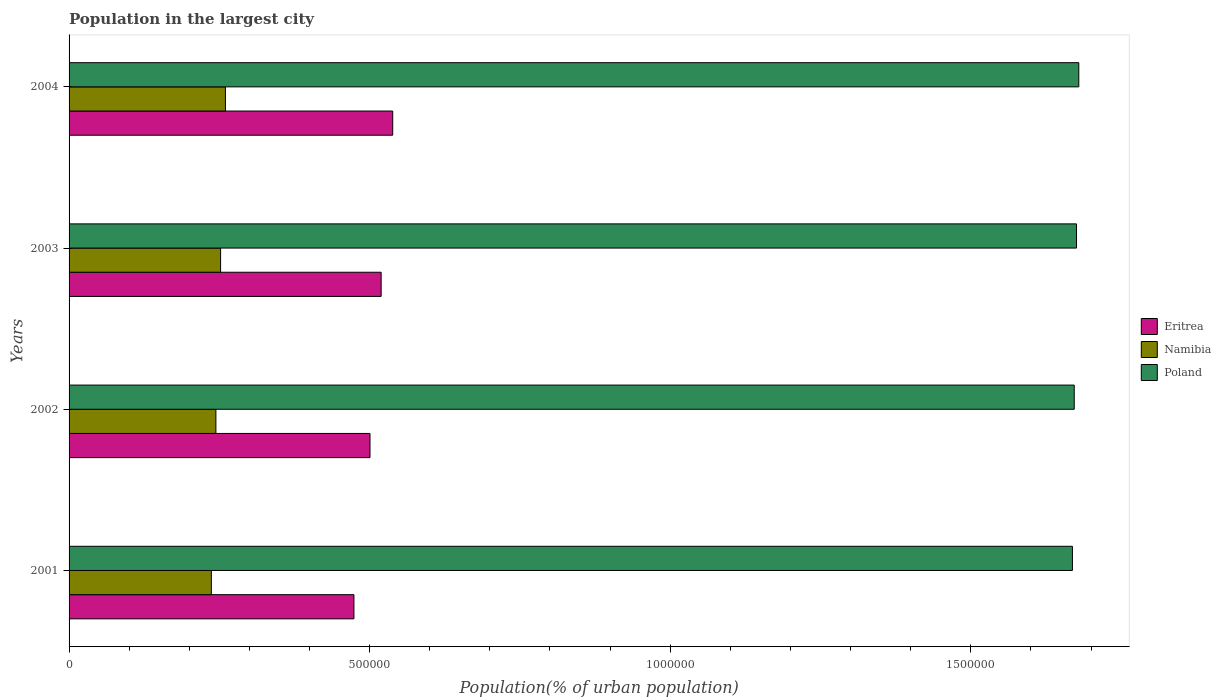
| Years | Eritrea | Namibia | Poland |
 | --- | --- | --- | --- |
 | 2001 | 4.74e+05 | 2.37e+05 | 1.67e+06 |
 | 2002 | 5.01e+05 | 2.44e+05 | 1.67e+06 |
 | 2003 | 5.19e+05 | 2.52e+05 | 1.68e+06 |
 | 2004 | 5.38e+05 | 2.6e+05 | 1.68e+06 |